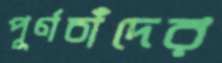
পূর্ণচাঁদের